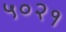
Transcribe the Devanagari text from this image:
५०२१